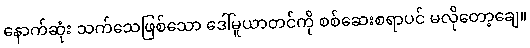
နောက်ဆုံး သက်သေဖြစ်သော ဒေါ်မူယာတင်ကို စစ်ဆေးစရာပင် မလိုတော့ချေ။